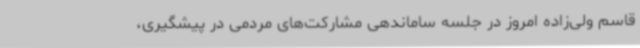
قاسم ولی‌زاده امروز در جلسه ساماندهی مشارکت‌های مردمی در پیشگیری،